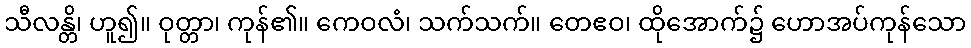
သီလန္တိ၊ ဟူ၍။ ဝုတ္တာ၊ ကုန်၏။ ကေဝလံ၊ သက်သက်။ တေဧဝ၊ ထိုအောက်၌ ဟောအပ်ကုန်သော